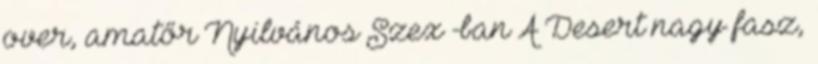
over, amatőr Nyilvános Szex -ban A Desert nagy fasz,